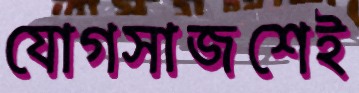
যোগসাজশেই